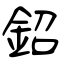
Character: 鉊